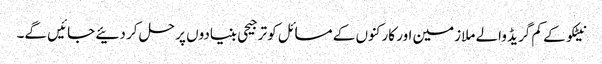
نیٹکو کے کم گریڈ والے ملازمین اور کارکنوں کے مسائل کو ترجیحی بنیادوں پر حل کر دئیے جائیں گے۔